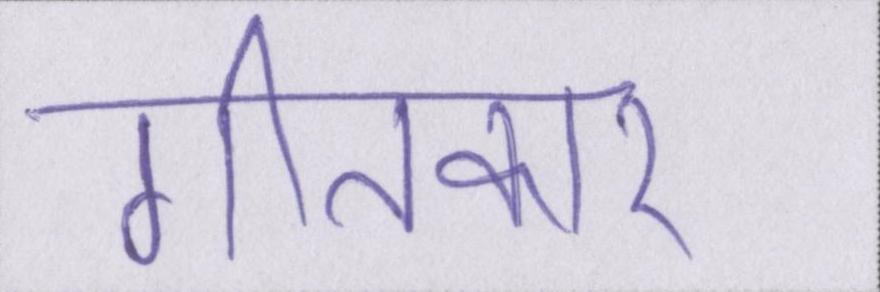
गीतकार